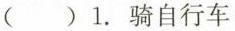
( ) 1.骑自行车